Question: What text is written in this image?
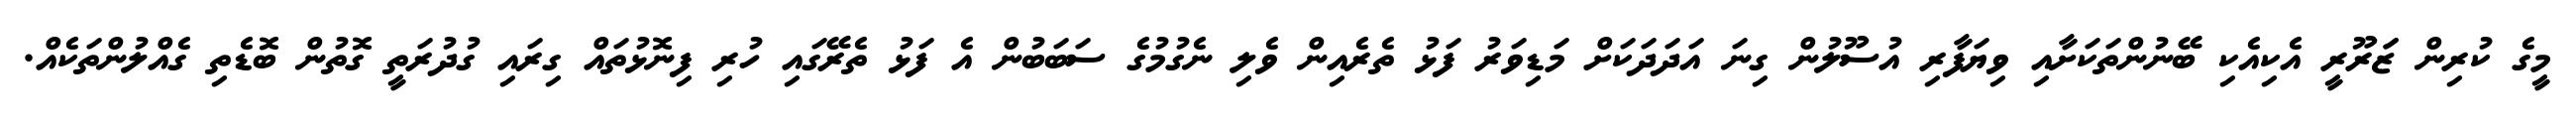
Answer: މީގެ ކުރިން ޒަަރޫރީ އެކިއެކި ބޭނުންތަކަށާއި ވިޔަފާރި އުސޫލުން ގިނަ އަދަދަކަށް މަޑިވަރު ފަޅު ތެރެއިން ވެލި ނެގުމުގެ ސަބަބުން އެ ފަޅު ތެރޭގައި ހުރި ފިނޮޅުތައް ގިރައި ގުދުރަތީ ގޮތުން ބޮޑެތި ގެއްލުންތަކެއް.